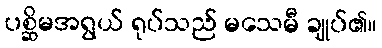
ပစ္ဆိမအရွယ် ရုပ်သည် မသေမီ ချုပ်၏။